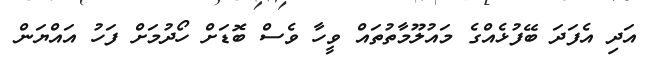
އަދި އެފަދަ ބޭފުޅެއްގެ މައުލޫމާތުތައް ވީހާ ވެސް ބޮޑަށް ހޯދުމަށް ފަހު އައްޔަން